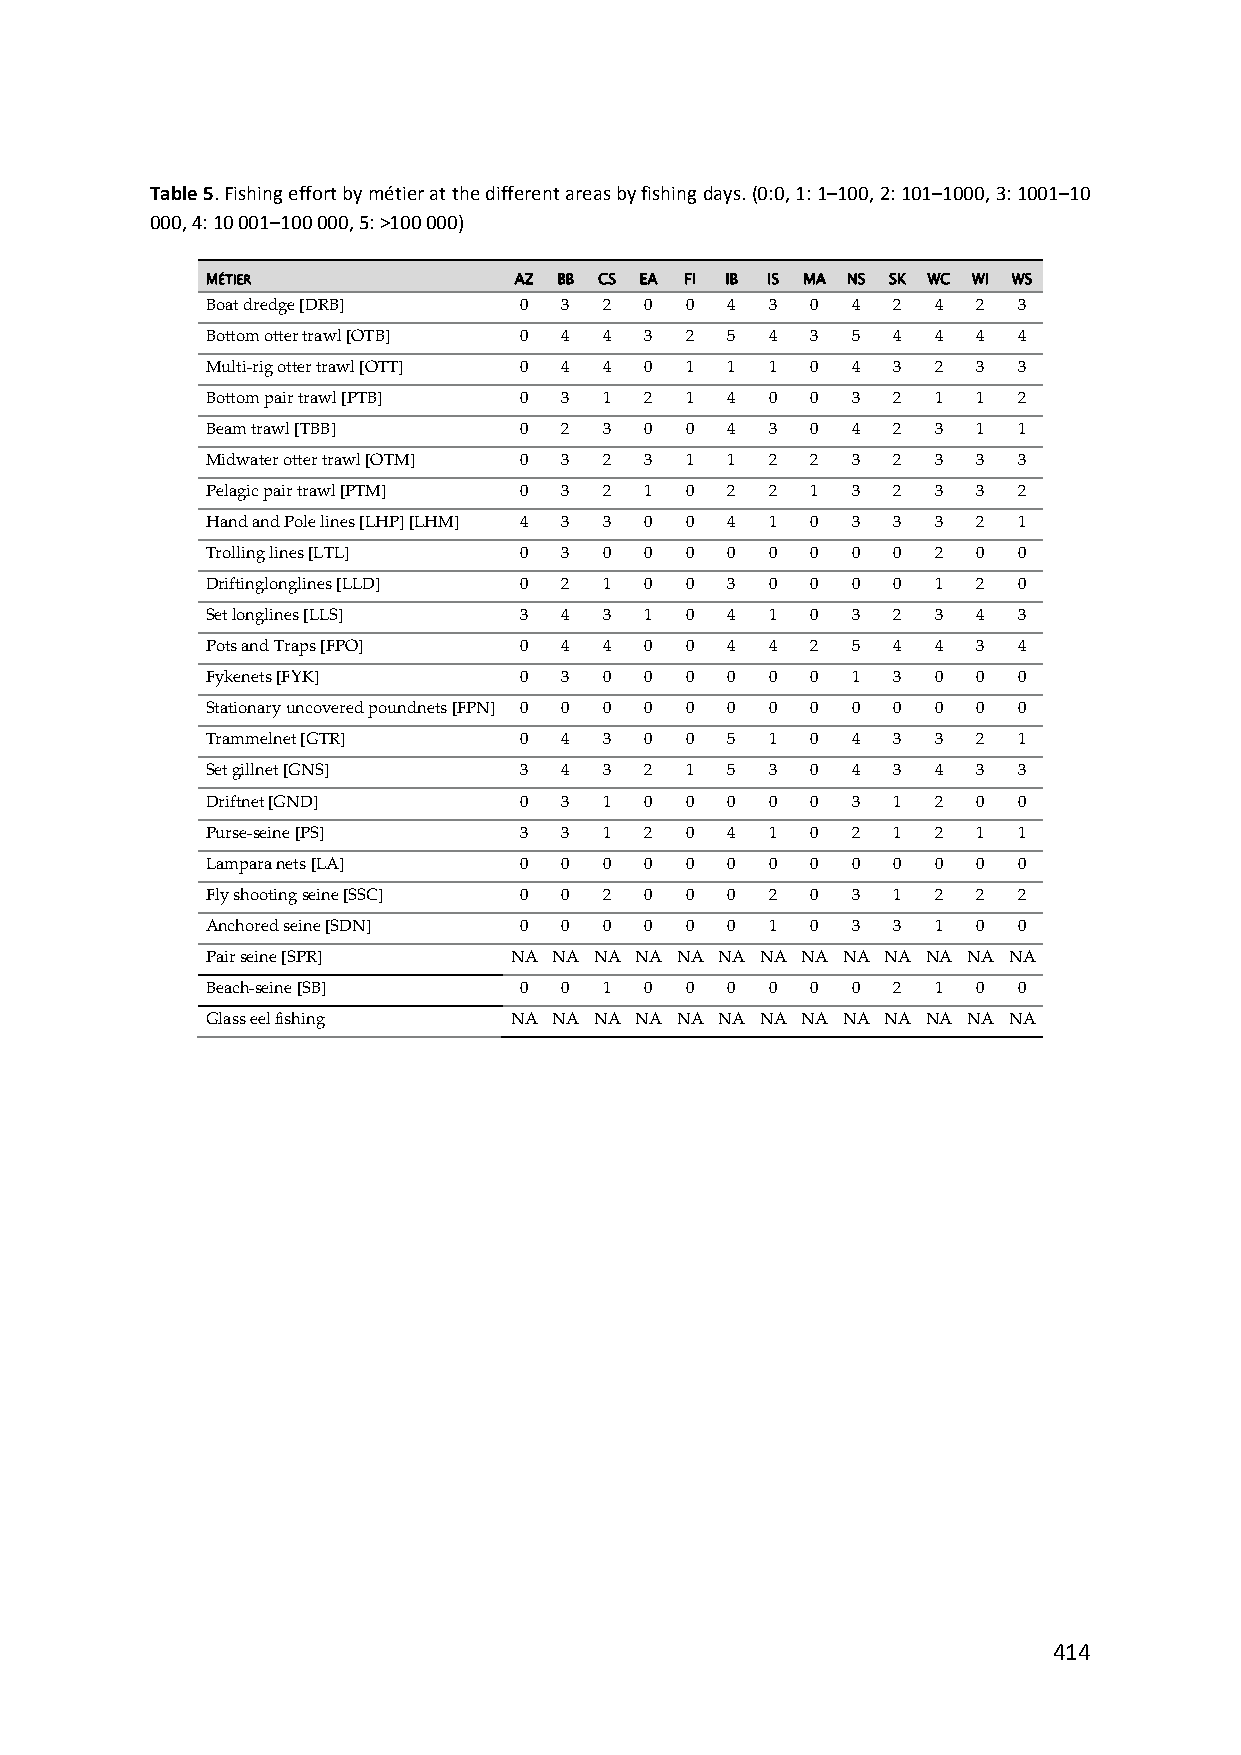
Table 5. Fishing effort by métier at the different areas by fishing days. (0:0, 1: 1–100, 2: 101–1000, 3: 1001–10
 000, 4: 10 001–100 000, 5: >100 000)
 MÉTIER              AZ BB CS EA FI IB IS MA NS SK WC WI WS
 Boat dredge [DRB]   0  3  2  0 0  4  3  0 4  2  4  2 3
 Bottom otter trawl [OTB] 0 4 4 3 2 5 4  3 5  4  4  4 4
 Multi‐rig otter trawl [OTT] 0 4 4 0 1 1 1 0 4 3 2  3 3
 Bottom pair trawl [PTB] 0 3 1 2 1 4  0  0 3  2  1  1 2
 Beam trawl [TBB]    0  2  3  0 0  4  3  0 4  2  3  1 1
 Midwater otter trawl [OTM] 0 3 2 3 1 1 2 2 3 2  3  3 3
 Pelagic pair trawl [PTM] 0 3 2 1 0 2 2  1 3  2  3  3 2
 Hand and Pole lines [LHP] [LHM] 4 3 3 0 0 4 1 0 3 3 3 2 1
 Trolling lines [LTL] 0 3  0  0 0  0  0  0 0  0  2  0 0
 Driftinglonglines [LLD] 0 2 1 0 0 3  0  0 0  0  1  2 0
 Set longlines [LLS] 3  4  3  1 0  4  1  0 3  2  3  4 3
 Pots and Traps [FPO] 0 4  4  0 0  4  4  2 5  4  4  3 4
 Fykenets [FYK]      0  3  0  0 0  0  0  0 1  3  0  0 0
 Stationary uncovered poundnets [FPN] 0 0 0 0 0 0 0 0 0 0 0 0 0
 Trammelnet [GTR]    0  4  3  0 0  5  1  0 4  3  3  2 1
 Set gillnet [GNS]   3  4  3  2 1  5  3  0 4  3  4  3 3
 Driftnet [GND]      0  3  1  0 0  0  0  0 3  1  2  0 0
 Purse‐seine [PS]    3  3  1  2 0  4  1  0 2  1  2  1 1
 Lampara nets [LA]   0  0  0  0 0  0  0  0 0  0  0  0 0
 Fly shooting seine [SSC] 0 0 2 0 0 0 2  0 3  1  2  2 2
 Anchored seine [SDN] 0 0  0  0 0  0  1  0 3  3  1  0 0
 Pair seine [SPR]    NA NA NA NA NA NA NA NA NA NA NA NA NA
 Beach‐seine [SB]    0  0  1  0 0  0  0  0 0  2  1  0 0
 Glass eel fishing   NA NA NA NA NA NA NA NA NA NA NA NA NA
 414